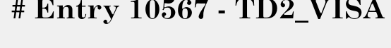
# Entry 10567 - TD2_VISA